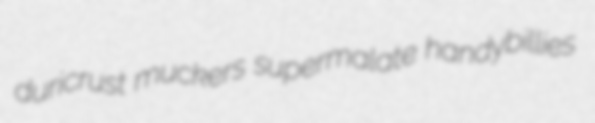
duricrust muckers supermalate handybillies